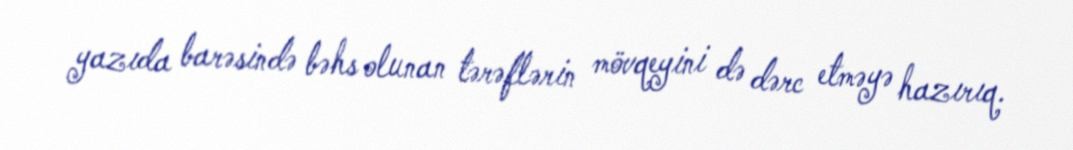
yazıda barəsində bəhs olunan tərəflərin mövqeyini də dərc etməyə hazırıq.